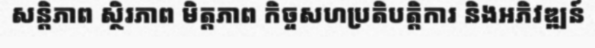
សន្តិភាព ស្ថិរភាព មិត្តភាព កិច្ចសហប្រតិបត្តិការ និងអភិវឌ្ឍន៍